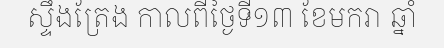
ស្ទឹងត្រែង កាលពីថ្ងៃទី១៣ ខែមករា ឆ្នាំ